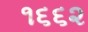
૧૬૬૨